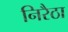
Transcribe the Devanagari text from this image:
निरैठा